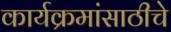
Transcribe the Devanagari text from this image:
कार्यक्रमांसाठीचे